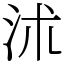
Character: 沭